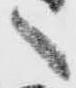
へ